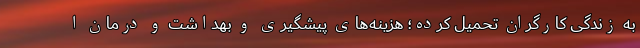
به زندگی کارگران تحمیل کرده؛ هزینه‌های پیشگیری و بهداشت و درمان ا